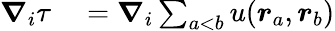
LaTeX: \begin{array}{rl}{\boldsymbol{\nabla}_{i}\tau}&{{}=\boldsymbol{\nabla}_{i}\sum_{a<b}u(\boldsymbol{r}_{a},\boldsymbol{r}_{b})}\end{array}